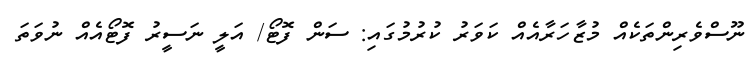
ނޫސްވެރިންތަކެއް މުޒާހަރާއެއް ކަވަރު ކުރުމުގައި: ސަން ފޮޓޯ/ އަލީ ނަސީރު ފޮޓޯއެއް ނުވަތަ